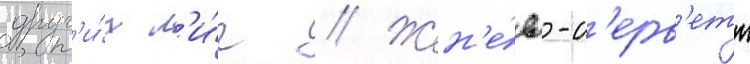
друг'и́х л'и́г // Жен'е́ва-с'ерв'етт